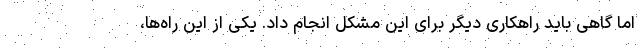
اما گاهی باید راهکاری دیگر برای این مشکل انجام داد. یکی از این راه‌ها،